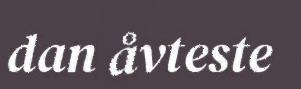
dan åvteste